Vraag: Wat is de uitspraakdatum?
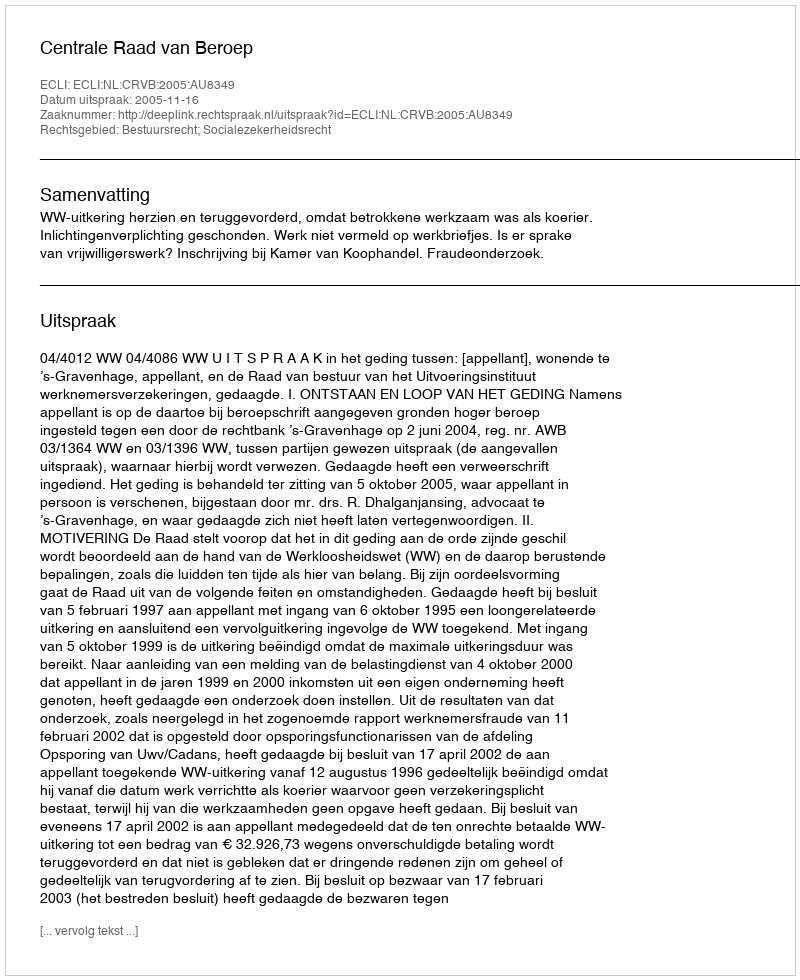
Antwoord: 2005-11-16